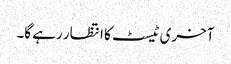
آخری ٹیسٹ کا انتظار رہے گا۔